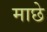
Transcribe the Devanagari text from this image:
माछे